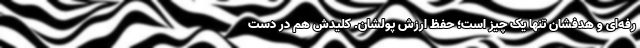
رفه‌ای و هدفشان تنها یک چیز است؛ حفظ ارزش پولشان. کلیدش هم در دست